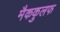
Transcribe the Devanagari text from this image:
मैककुलफ